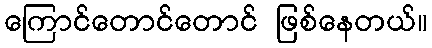
ကြောင်တောင်တောင် ဖြစ်နေတယ်။